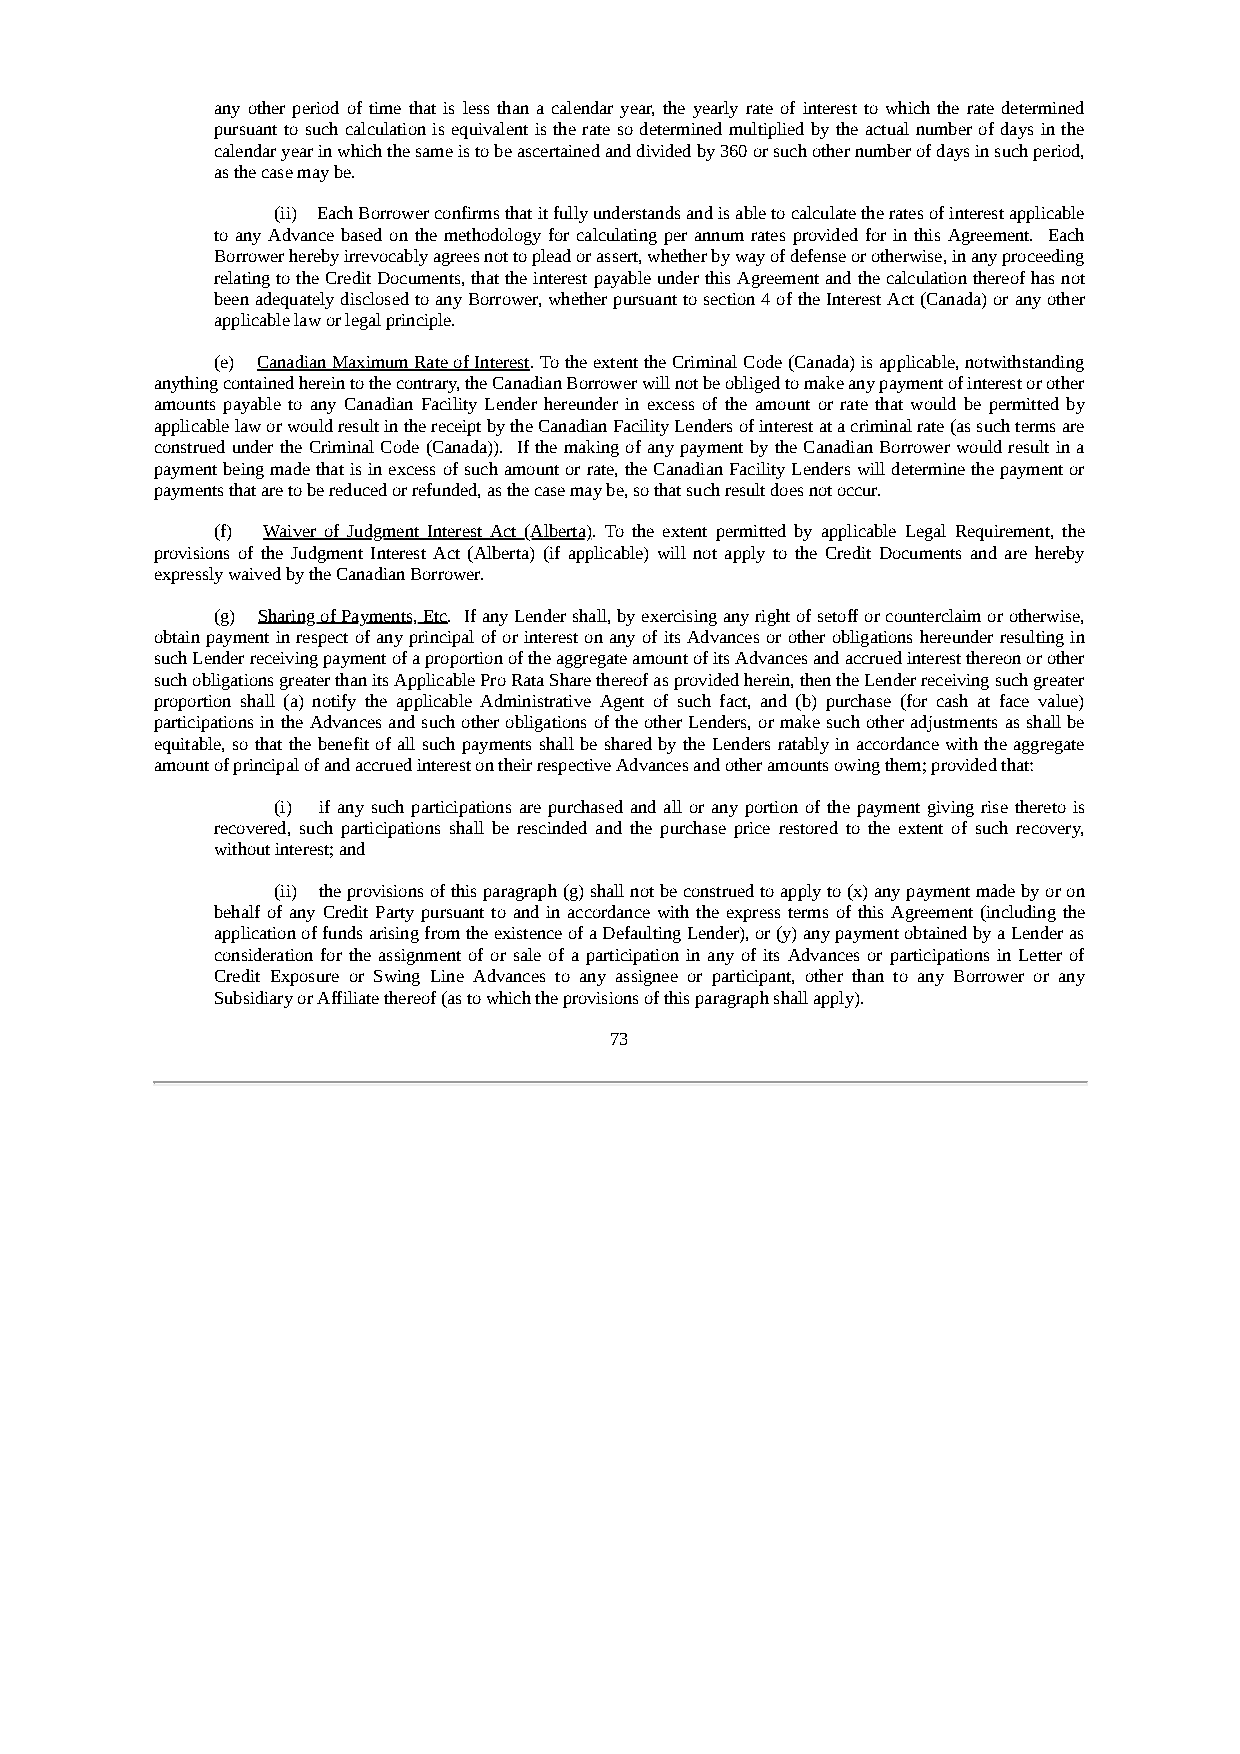
any other period of time that is less than a calendar year, the yearly rate of interest to which the rate determined
 pursuant to such calculation is equivalent is the rate so determined multiplied by the actual number of days in the
 calendar year in which the same is to be ascertained and divided by 360 or such other number of days in such period,
 as the case may be.
 (ii) Each Borrower confirms that it fully understands and is able to calculate the rates of interest applicable
 to any Advance based on the methodology for calculating per annum rates provided for in this Agreement. Each
 Borrower hereby irrevocably agrees not to plead or assert, whether by way of defense or otherwise, in any proceeding
 relating to the Credit Documents, that the interest payable under this Agreement and the calculation thereof has not
 been adequately disclosed to any Borrower, whether pursuant to section 4 of the Interest Act (Canada) or any other
 applicable law or legal principle.
 (e) Canadian Maximum Rate of Interest. To the extent the Criminal Code (Canada) is applicable, notwithstanding
 anything contained herein to the contrary, the Canadian Borrower will not be obliged to make any payment of interest or other
 amounts payable to any Canadian Facility Lender hereunder in excess of the amount or rate that would be permitted by
 applicable law or would result in the receipt by the Canadian Facility Lenders of interest at a criminal rate (as such terms are
 construed under the Criminal Code (Canada)). If the making of any payment by the Canadian Borrower would result in a
 payment being made that is in excess of such amount or rate, the Canadian Facility Lenders will determine the payment or
 payments that are to be reduced or refunded, as the case may be, so that such result does not occur.
 (f) Waiver of Judgment Interest Act (Alberta). To the extent permitted by applicable Legal Requirement, the
 provisions of the Judgment Interest Act (Alberta) (if applicable) will not apply to the Credit Documents and are hereby
 expressly waived by the Canadian Borrower.
 (g) Sharing of Payments, Etc. If any Lender shall, by exercising any right of setoff or counterclaim or otherwise,
 obtain payment in respect of any principal of or interest on any of its Advances or other obligations hereunder resulting in
 such Lender receiving payment of a proportion of the aggregate amount of its Advances and accrued interest thereon or other
 such obligations greater than its Applicable Pro Rata Share thereof as provided herein, then the Lender receiving such greater
 proportion shall (a) notify the applicable Administrative Agent of such fact, and (b) purchase (for cash at face value)
 participations in the Advances and such other obligations of the other Lenders, or make such other adjustments as shall be
 equitable, so that the benefit of all such payments shall be shared by the Lenders ratably in accordance with the aggregate
 amount of principal of and accrued interest on their respective Advances and other amounts owing them; provided that:
 (i) if any such participations are purchased and all or any portion of the payment giving rise thereto is
 recovered, such participations shall be rescinded and the purchase price restored to the extent of such recovery,
 without interest; and
 (ii) the provisions of this paragraph (g) shall not be construed to apply to (x) any payment made by or on
 behalf of any Credit Party pursuant to and in accordance with the express terms of this Agreement (including the
 application of funds arising from the existence of a Defaulting Lender), or (y) any payment obtained by a Lender as
 consideration for the assignment of or sale of a participation in any of its Advances or participations in Letter of
 Credit Exposure or Swing Line Advances to any assignee or participant, other than to any Borrower or any
 Subsidiary or Affiliate thereof (as to which the provisions of this paragraph shall apply).
 73